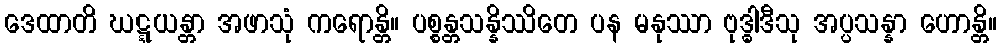
ဒေထာတိ ဃဋ္ဋယန္တာ အဖာသုံ ကရောန္တိ။ ပစ္စန္တသန္နိဿိတေ ပန မနုဿာ ဗုဒ္ဓါဒီသု အပ္ပသန္နာ ဟောန္တိ။